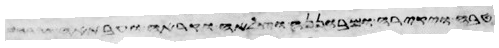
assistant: פרעה ויקרא למשה ולאהרן ויאמר אליהם